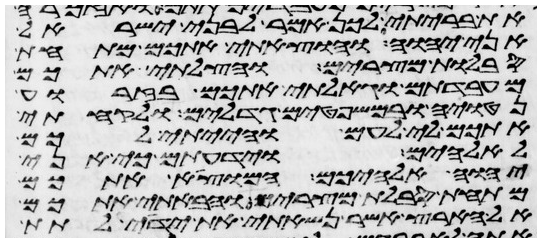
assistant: את בריתי לכן אמר לבני ישראל
אני יהוה והוצאתי אתכם מתחת
סבלות מצרים והצלתי אתכם
מעבדתם וגאלתי אתכם בזרוע
נטויה ובמשפטים גדלים ולקחתי
אתכם לי לעם והייתי לכם
לאלהים וידעתם כי אני
יהוה אלהיכם המוצא אתכם
מתחת סבלות מצרים והבאתי אתכם
אל הארץ אשר נשאתי את ידי לתת